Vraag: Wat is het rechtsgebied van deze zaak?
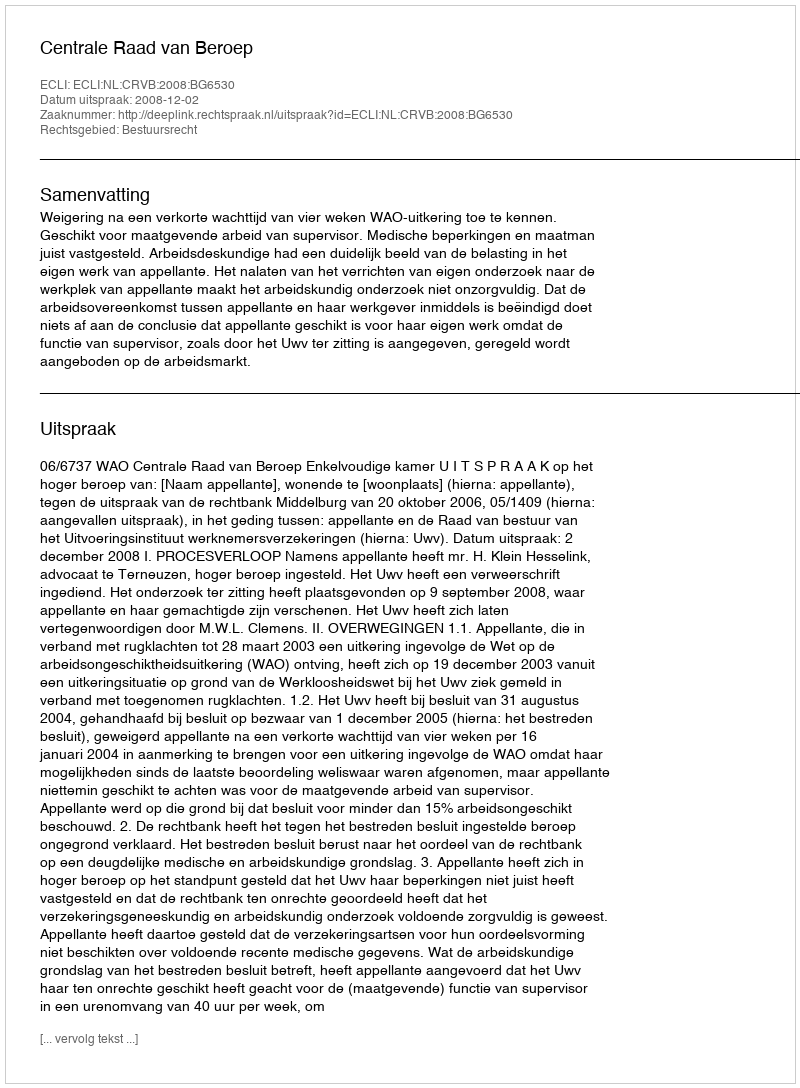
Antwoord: Bestuursrecht